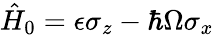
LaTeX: \hat{H}_{0}=\epsilon\sigma_{z}-\hbar\Omega\sigma_{x}